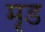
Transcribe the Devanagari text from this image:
मृड